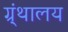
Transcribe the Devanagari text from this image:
ग्र्ंथालय